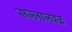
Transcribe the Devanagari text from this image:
सज्जाजवळ